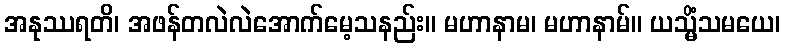
အနုဿရတိ၊ အဖန်တလဲလဲအောက်မေ့သနည်း။ မဟာနာမ၊ မဟာနာမ်။ ယသ္မိံသမယေ၊